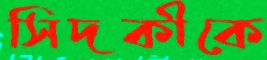
সিদকীকে